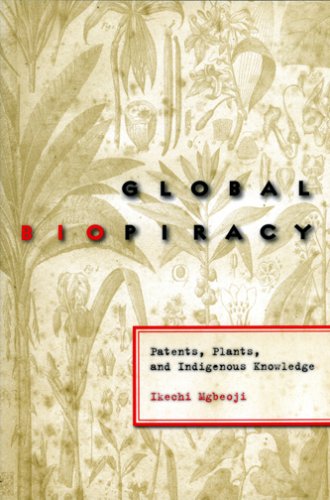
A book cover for Global Biopiracy: Patents, Plants, and Indigenous Knowledge; Ikechi Mgbeoji; Law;